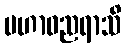
မဟာဓညရာသိ